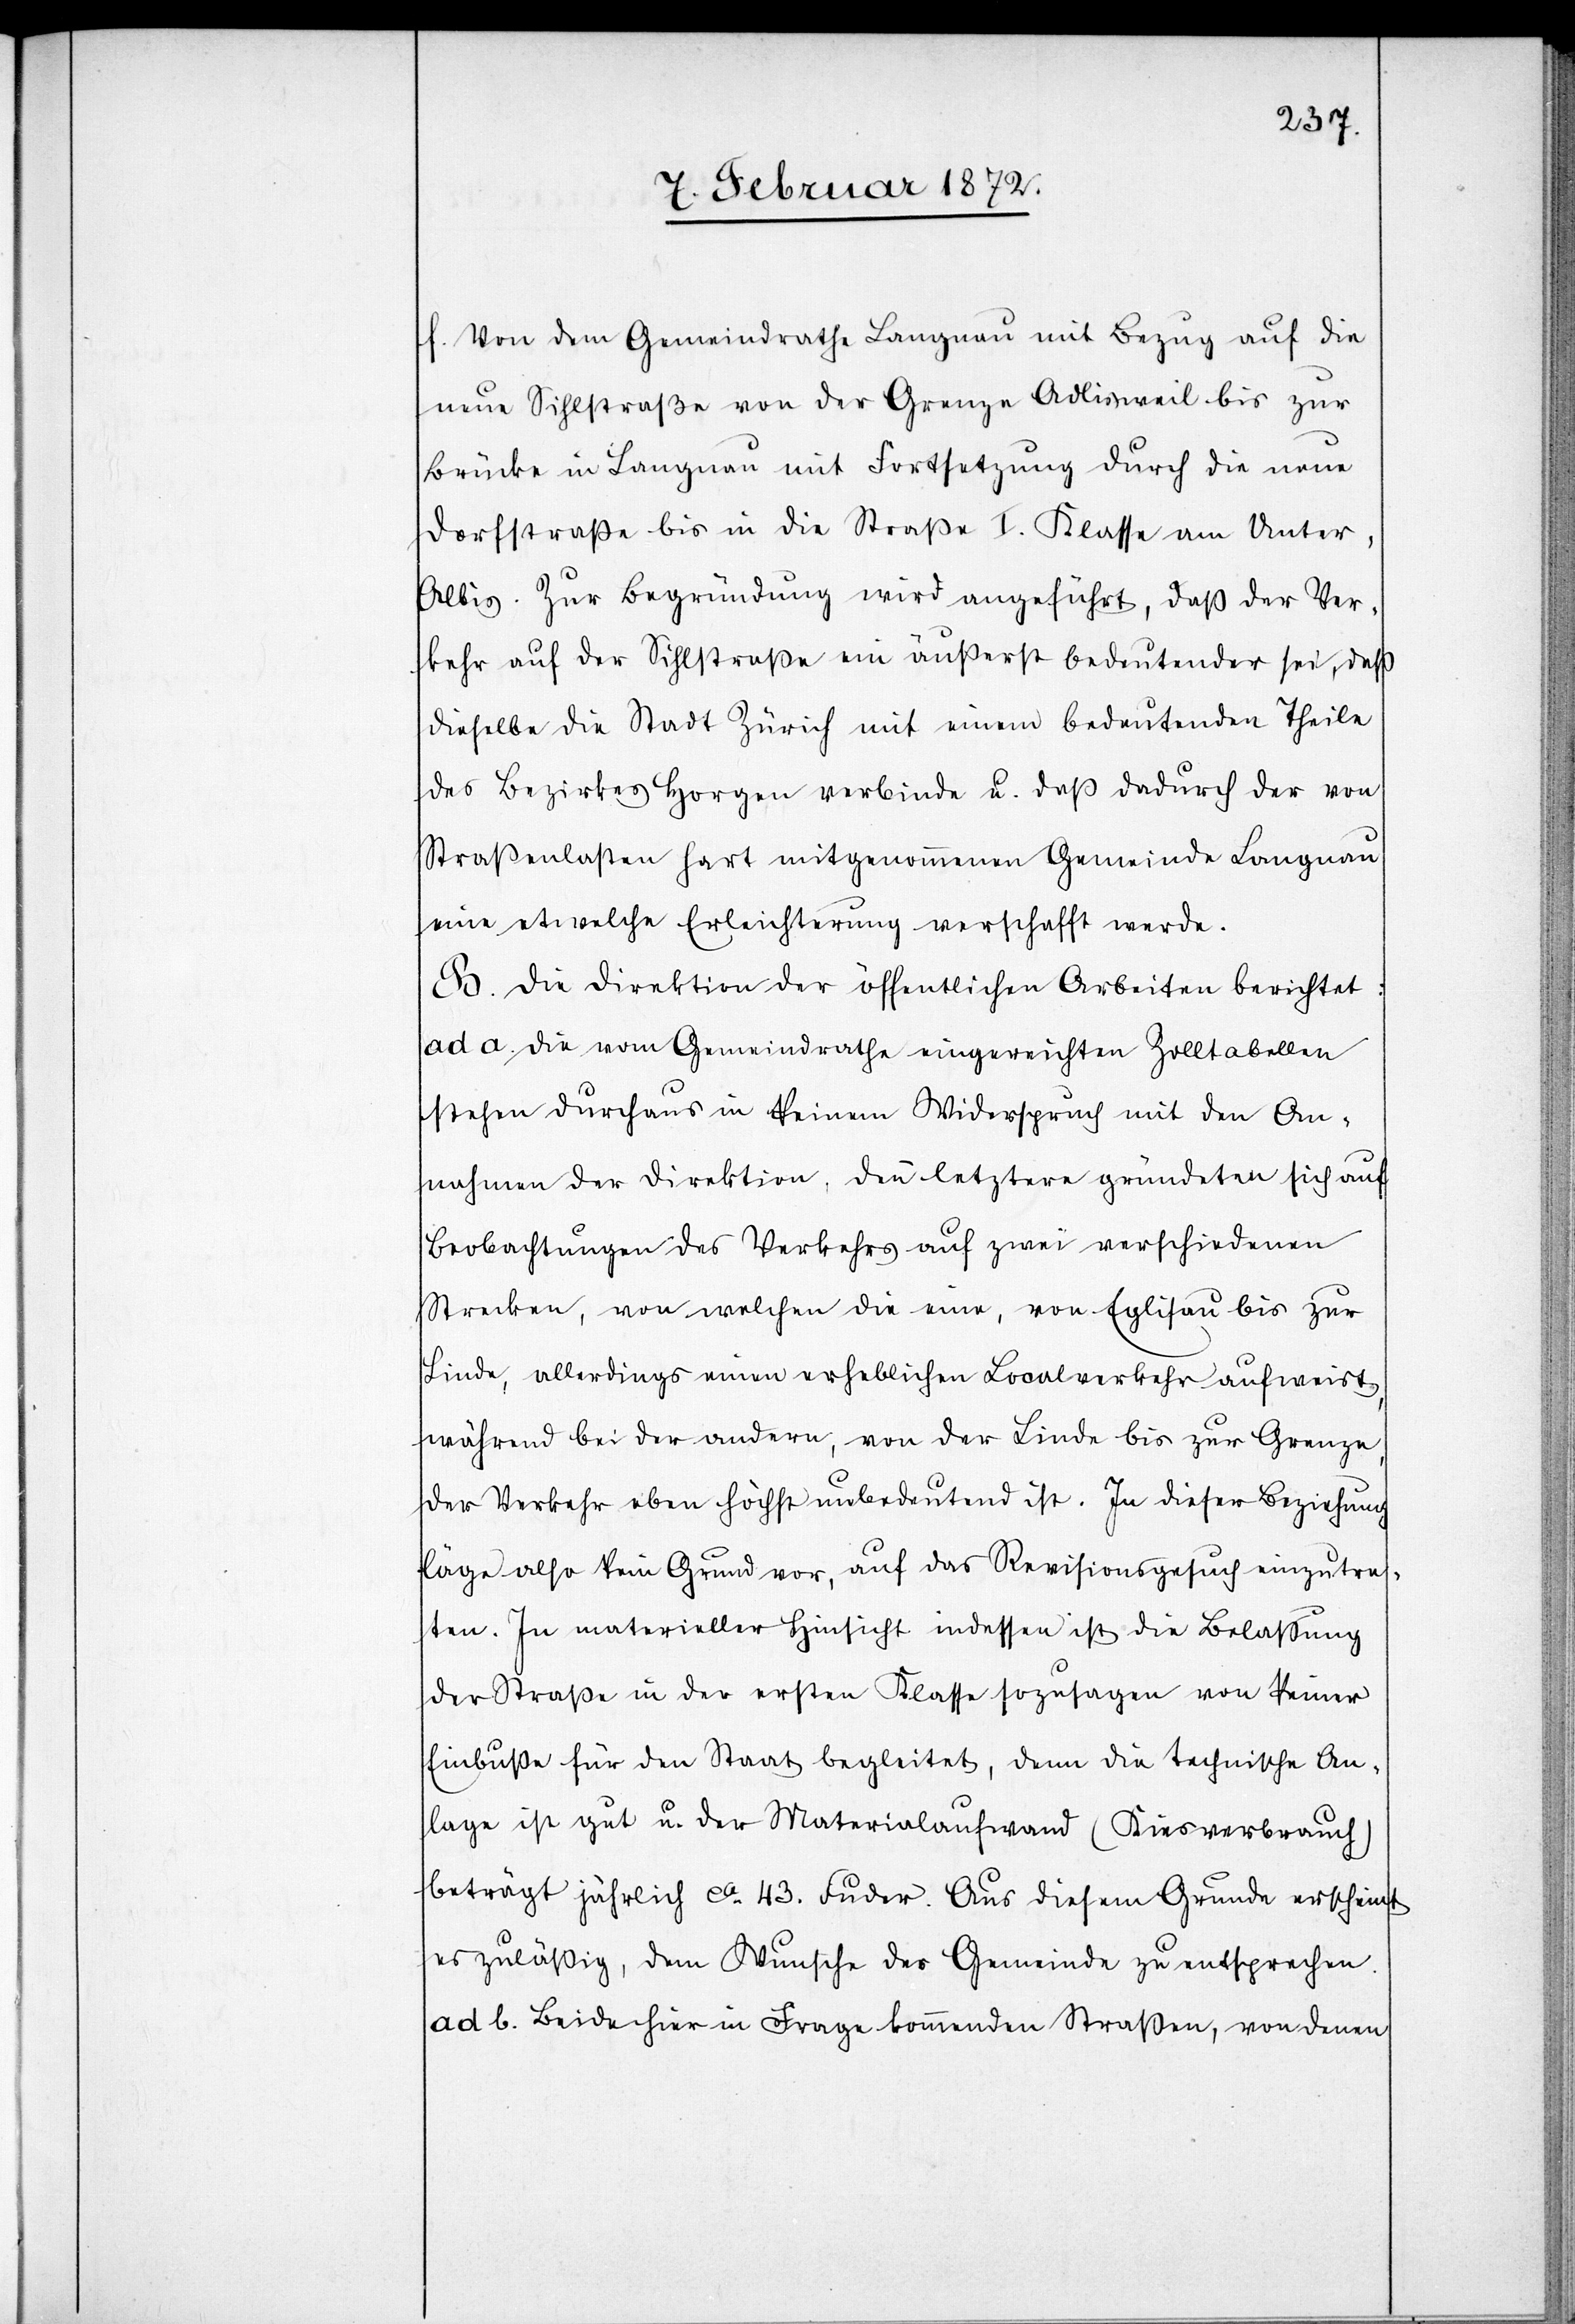
f. Von dem Gemeindrathe Langnau mit Bezug auf die
neue Sihlstraße von der Grenze Adlisweil bis zur
Brücke in Langnau mit Fortsetzung durch die neue
Dorfstraße bis in die Straße I. Klasse am Unter-A¬
lbis. Zur Begründung wird angeführt, daß der Ver¬
kehr auf der Sihlstrasse ein äußerst bedeutender sei, daß
dieselbe die Stadt Zürich mit einem bedeutenden Theile
des Bezirkes Horgen verbinde u. daß dadurch der von
Straßenlasten hart mitgenommenen Gemeinde Langnau
eine etwelche Erleichterung verschafft werde.
B. Die Direktion der öffentlichen Arbeiten berichtet:
ad a. Die vom Gemeindrathe eingereichten Zolltabellen
stehen durchaus in keinem Widerspruch mit den An¬
nahmen der Direktion, denn letztere gründeten sich auf
Beobachtungen des Verkehrs auf zwei verschiedenen
Strecken, von welchen die eine, von Eglisau bis zur
Linde, allerdings einen erheblichen Localverkehr aufweist,
während bei der andern, von der Linde bis zur Grenze,
der Verkehr eben höchst unbedeutend ist. In dieser Beziehung
läge also kein Grund vor, auf das Revisionsgesuch einzutre¬
ten. In materieller Hinsicht in dessen ist die Belassung
der Straße in der ersten Klasse sozusagen von keiner
Einbuße für den Staat begleitet, denn die technische An¬
lage ist gut u. der Materialaufwand (Kiesverbrauch)
beträgt jährlich ca 43. Fuder. Aus diesem Grunde erscheint
es zuläßig, dem Wunsche der Gemeinde zu entsprechen.
ad b. Beide hier in Frage kommenden Straßen, von denen